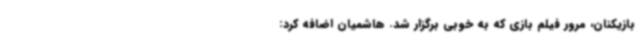
بازیکنان، مرور فیلم بازی که به خوبی برگزار شد. هاشمیان اضافه کرد: